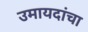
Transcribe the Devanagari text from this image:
उमायदांचा